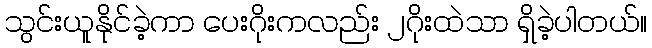
သွင်းယူနိုင်ခဲ့ကာ ပေးဂိုးကလည်း ၂ဂိုးထဲသာ ရှိခဲ့ပါတယ်။